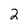
Character: 2